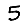
Digit: 5